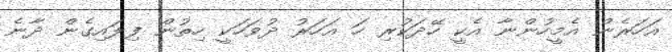
އަހަރެން އެމީހުންނާ އެކީ ހޭދަކުރި ހަ އަހަރު ދުވަހަކީ ހިތުން ފިލައިގެން ދާނެ